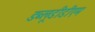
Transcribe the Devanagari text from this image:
डब्लूडीडीएम